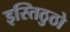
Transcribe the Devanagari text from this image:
इस्तिठुठो